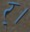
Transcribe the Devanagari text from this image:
र्।